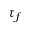
\tau _ { f }